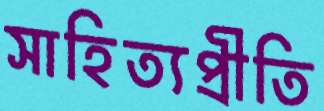
সাহিত্যপ্রীতি